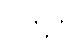
ငါတို့ကို